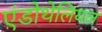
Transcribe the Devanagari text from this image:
एंडोथेलियल